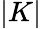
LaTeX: |K|